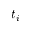
t _ { i }